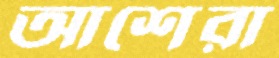
আশেরা